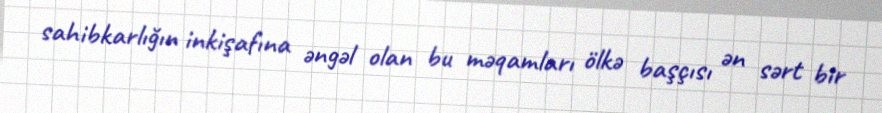
sahibkarlığın inkişafına əngəl olan bu məqamları ölkə başçısı ən sərt bir